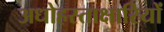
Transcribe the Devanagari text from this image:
अधोहस्ताक्षारियों